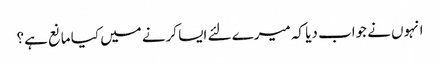
انہوں نے جواب دیا کہ میرے لئے ایسا کرنے میں کیا مانع ہے؟